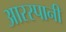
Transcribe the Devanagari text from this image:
आरस्पानी